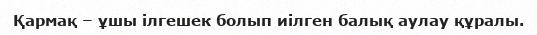
Қармақ – ұшы ілгешек болып иілген балық аулау құралы.